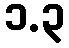
၁.၃